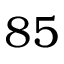
8 5